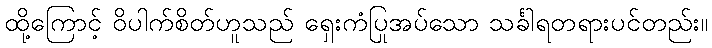
ထို့ကြောင့် ဝိပါက်စိတ်ဟူသည် ရှေးကံပြုအပ်သော သင်္ခါရတရားပင်တည်း။